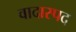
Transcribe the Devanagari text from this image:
वादास्पद